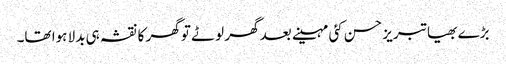
بڑے بھیا تبریز حسن کئی مہینے بعد گھر لوٹے تو گھر کا نقشہ ہی بدلا ہوا تھا۔